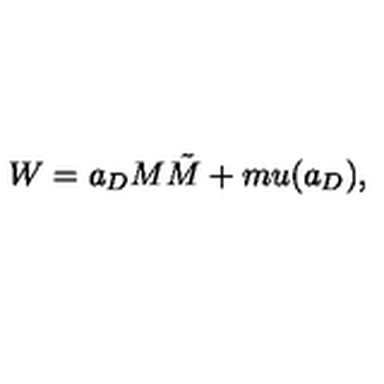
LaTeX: W = a _ { D } M \tilde { M } + m u ( a _ { D } ) ,